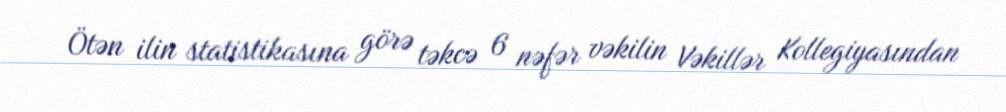
Ötən ilin statistikasına görə təkcə 6 nəfər vəkilin Vəkillər Kollegiyasından